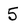
Character: 5